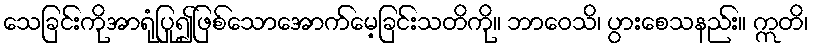
သေခြင်းကိုအာရုံပြု၍ဖြစ်သောအောက်မေ့ခြင်းသတိကို။ ဘာဝေသိ၊ ပွားစေသနည်း။ ဣတိ၊